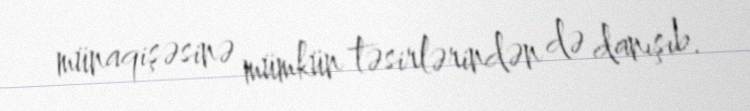
münaqişəsinə mümkün təsirlərindən də danışıb.